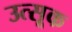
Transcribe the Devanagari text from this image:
उत्सूक